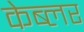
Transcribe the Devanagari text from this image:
केब्लर